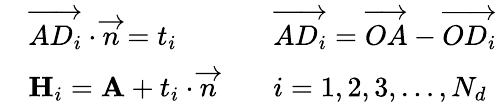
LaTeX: \begin{array}{rlrl}&{\overrightarrow{AD_{i}}\cdot\overrightarrow{n}=t_{i}}&&{\overrightarrow{AD_{i}}=\overrightarrow{OA}-\overrightarrow{OD_{i}}}\\ &{\mathbf{H}_{i}=\mathbf{A}+t_{i}\cdot\overrightarrow{n}}&&{i=1,2,3,\dotsc,N_{d}}\end{array}